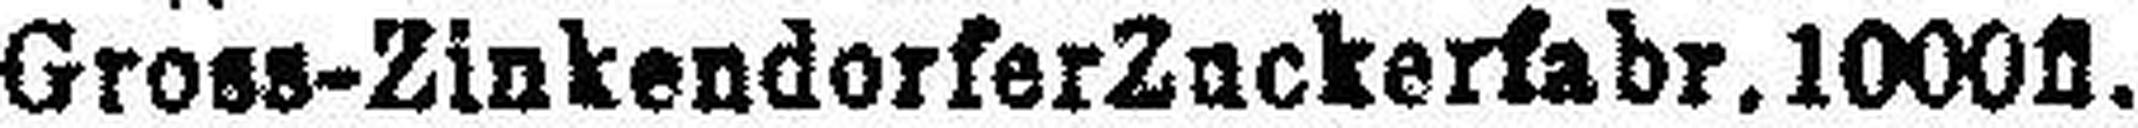
Gross-Zinkendorfer Zuckerfabr. 1000fl.